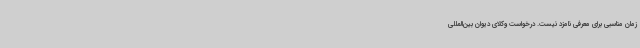
زمان مناسبی برای معرفی نامزد نیست. درخواست وکلای دیوان بین‌المللی